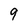
Character: 9